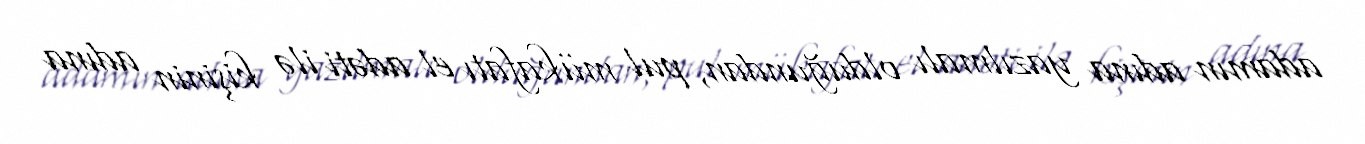
adamın adına yazılmalı olduğundan, pul mükafatı el adəti ilə kişinin adına